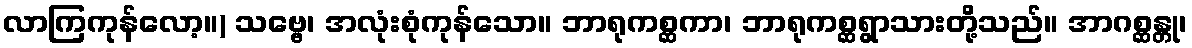
လာကြကုန်လော့။) သဗ္ဗေ၊ အလုံးစုံကုန်သော။ ဘာရုကစ္ဆကာ၊ ဘာရုကစ္ဆရွာသားတို့သည်။ အာဂစ္ဆန္တု၊